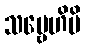
သဗ္ဗေဟိပိ